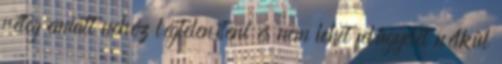
réteg emiatt nehéz légteleníteni és nem lehet felügyelet nélkül